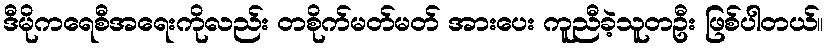
ဒီမိုကရေစီအရေးကိုလည်း တစိုက်မတ်မတ် အားပေး ကူညီခဲ့သူတဦး ဖြစ်ပါတယ်။